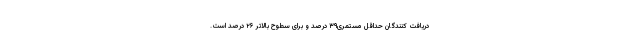
دریافت کنندگان حداقل مستمری۳۹ درصد و برای سطوح بالاتر ۲۶ درصد است.